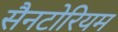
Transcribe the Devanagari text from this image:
सैनटोरियम